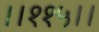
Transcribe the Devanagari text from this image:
।।११५।।